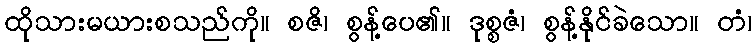
ထိုသားမယားစသည်ကို။ စဇိ၊ စွန့်ပေ၏။ ဒုစ္စဇံ၊ စွန့်နိုင်ခဲသော။ တံ၊